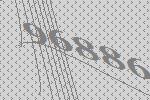
96886